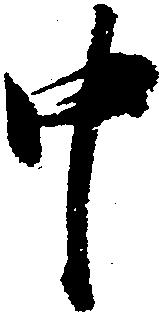
中